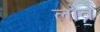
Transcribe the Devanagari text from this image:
लोव्रे